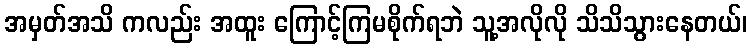
အမှတ်အသိ ကလည်း အထူး ကြောင့်ကြမစိုက်ရဘဲ သူ့အလိုလို သိသိသွားနေတယ်၊